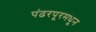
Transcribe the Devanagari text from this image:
पंढरपूरमधून